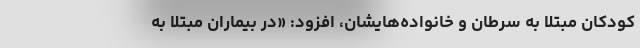
کودکان مبتلا به سرطان و خانواده‌هایشان، افزود: «در بیماران مبتلا به